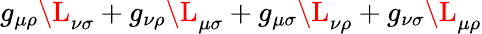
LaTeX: g_{\mu\rho}\L_{\nu\sigma}+g_{\nu\rho}\L_{\mu\sigma}+g_{\mu\sigma}\L_{\nu\rho}+g_{\nu\sigma}\L_{\mu\rho}